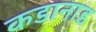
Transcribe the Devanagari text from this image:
कडानाड